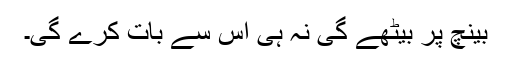
بینچ پر بیٹھے گی نہ ہی اس سے بات کرے گی۔